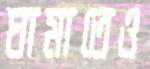
ঘামাতেও